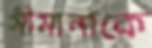
সীমানাকে